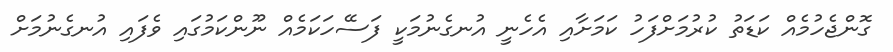
ގޮންޖެހުމެއް ކަޑަތު ކުރުމަށްފަހު ކަމަށާއި އެހެނީ އުނގެނުމަކީ ފަސޭހަކަމެއް ނޫންކަމުގައި ވެފައި އުނގެނުމަށް